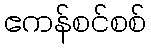
ဧကန်စင်စစ်